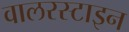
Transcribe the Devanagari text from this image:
वालरस्टाइन